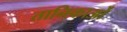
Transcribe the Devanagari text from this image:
तानिकाओं